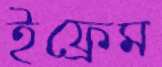
ইফ্রেম